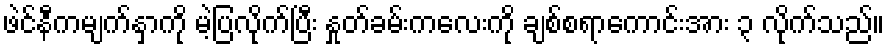
ဖဲင်နီကမျက်နှာကို မဲ့ပြလိုက်ပြီး နှုတ်ခမ်းကလေးကို ချစ်စရာကောင်းအား ၃ လိုက်သည်။